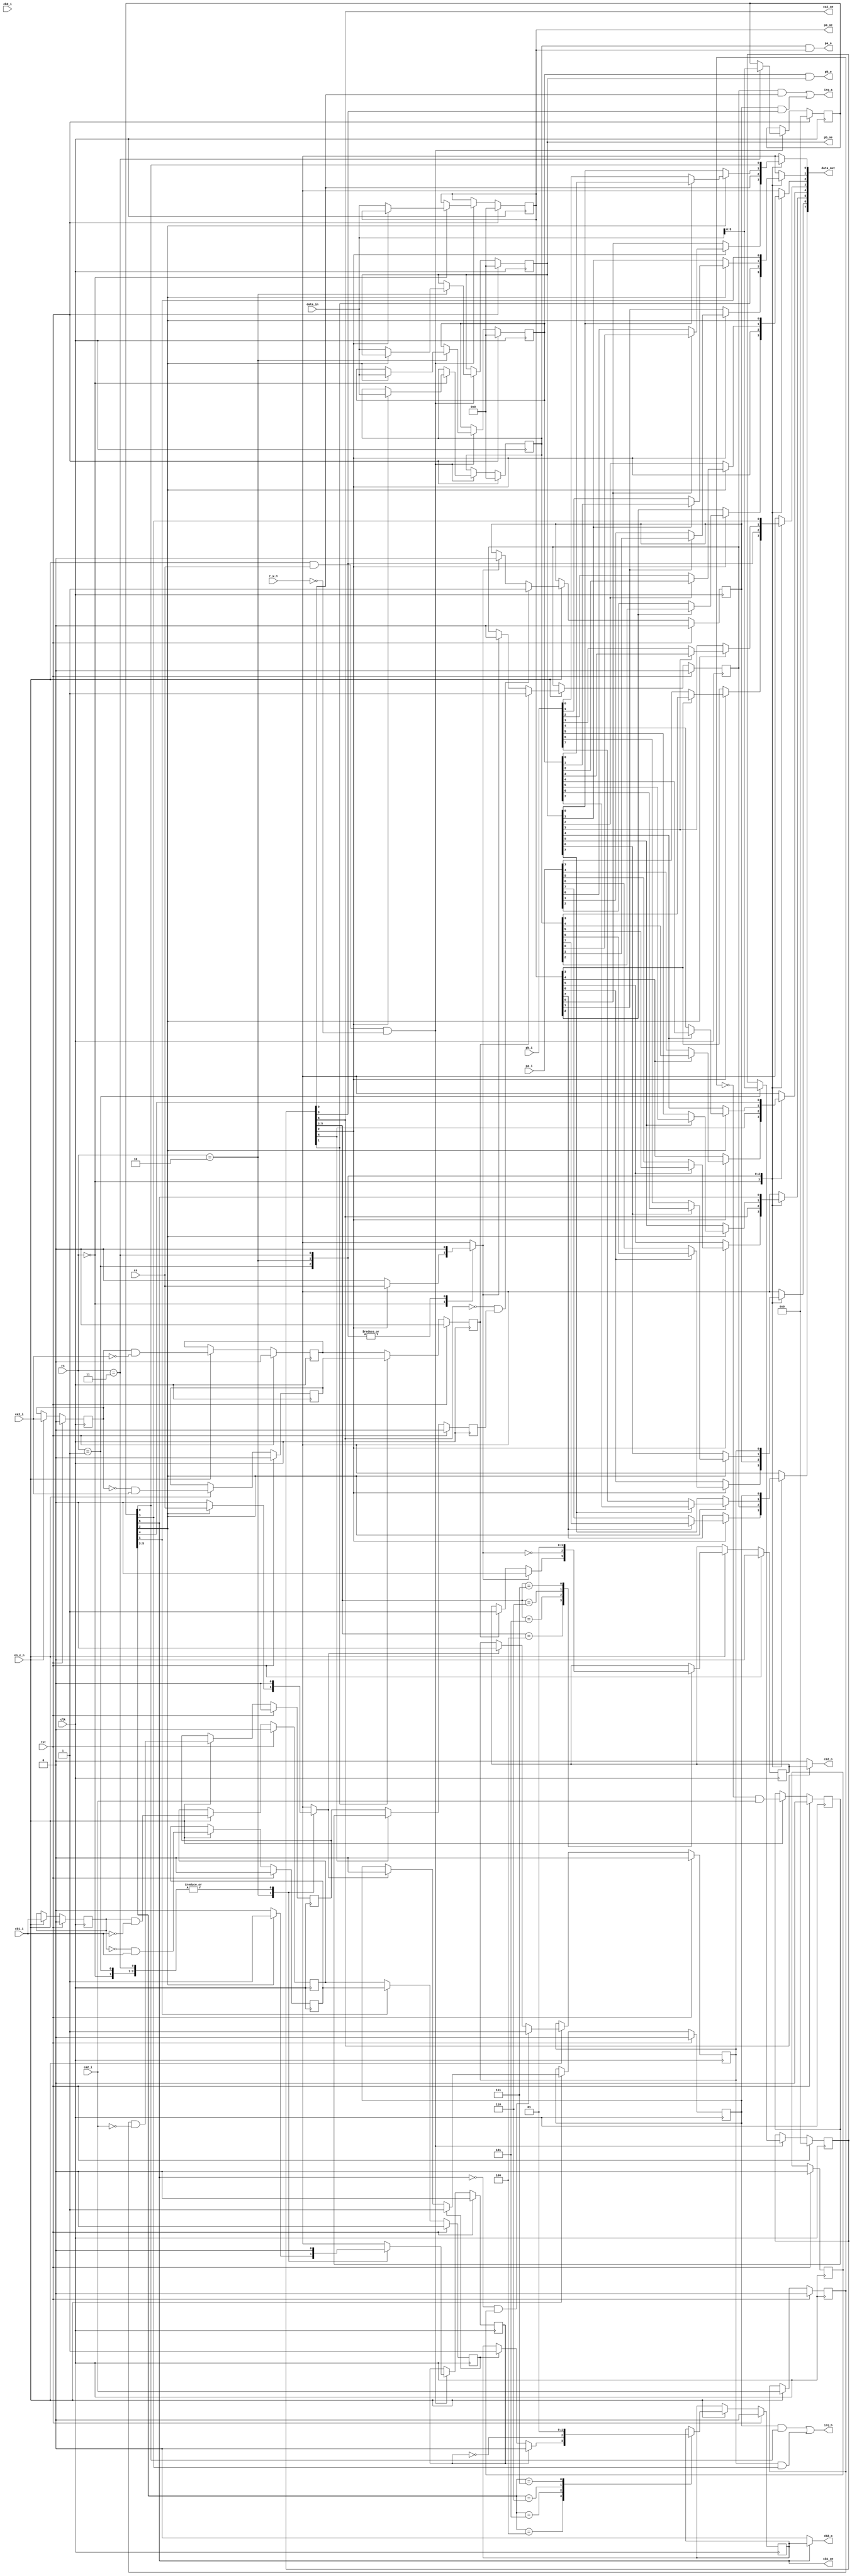
/* Copyright 2019 Jared Boone <jared@sharebrained.com>. Open-source license to be determined.
 */

`default_nettype none
`timescale 1ns / 100ps

module pia_6821(
	// Host interface
	input  wire       rst,
	input  wire       clk,
	input  wire       en_e_n,
	input  wire [1:0] rs,
	input  wire       r_w_n,
	input  wire       cs,
	input  wire [7:0] data_in,
	output reg  [7:0] data_out,
	output wire       irq_a,
	output wire       irq_b,

	// Peripheral port A
	input  wire [7:0] pa_i,
	output wire [7:0] pa_o,
	output wire [7:0] pa_oe,
	input  wire       ca1_i,
	input  wire       ca2_i,
	output wire       ca2_o,
	output wire       ca2_oe,

	// Peripheral port B
	input  wire [7:0] pb_i,
	output wire [7:0] pb_o,
	output wire [7:0] pb_oe,
	input  wire       cb1_i,
	input  wire       cb2_i,
	output wire       cb2_o,
	output wire       cb2_oe
);

reg [7:0] porta_ddr;
reg [7:0] porta_data;
reg [5:0] porta_ctrl;
reg porta_read;

reg [7:0] portb_ddr;
reg [7:0] portb_data;
reg [5:0] portb_ctrl;
reg portb_read;
reg portb_write;

reg ca1_del;
reg ca1_rise;
reg ca1_fall;
reg ca1_edge;
reg irqa1;

reg ca2_del;
reg ca2_rise;
reg ca2_fall;
reg ca2_edge;
reg irqa2;

reg cb1_del;
reg cb1_rise;
reg cb1_fall;
reg cb1_edge;
reg irqb1;

reg cb2_del;
reg cb2_rise;
reg cb2_fall;
reg cb2_edge;
reg irqb2;

// Read I/O ports

integer count;

always @* begin
	case(rs)
	2'b00: begin
		for(count=0; count<8; count=count+1) begin
			data_out[count] = porta_ctrl[2] ? (porta_ddr[count] ? porta_data[count] : pa_i[count]) : porta_ddr[count];
		end
		porta_read = porta_ctrl[2] ? cs : 1'b0;
		portb_read = 1'b0;
	end

	2'b01: begin
		data_out = { irqa1, irqa2, porta_ctrl };
		porta_read = 1'b0;
		portb_read = 1'b0;
	end

	2'b10: begin
		for(count=0; count<8; count=count+1) begin
			data_out[count] = portb_ctrl[2] ? (portb_ddr[count] ? portb_data[count] : pb_i[count]) : portb_ddr[count];
		end
		portb_read = portb_ctrl[2] ? cs : 1'b0;
		porta_read = 1'b0;
	end

	2'b11: begin
		data_out = { irqb1, irqb2, portb_ctrl };
		portb_read = 1'b0;
		porta_read = 1'b0;
	end
	endcase
end

// Write I/O ports

always @(posedge clk) begin
	if(rst) begin
		porta_ddr  <= 8'b0000_0000;
		porta_data <= 8'b0000_0000;
		porta_ctrl <=   6'b00_0000;
		portb_ddr  <= 8'b0000_0000;
		portb_data <= 8'b0000_0000;
		portb_ctrl <=   6'b00_0000;
		portb_write <= 1'b0;
	end else begin
		if(en_e_n && cs && !r_w_n) begin
			case(rs)
			2'b00: begin
				if(porta_ctrl[2])
					porta_data <= data_in;
				else
					porta_ddr  <= data_in;
				portb_write <= 1'b0;
			end

			2'b01: begin
				porta_ctrl  <= data_in[5:0];
				portb_write <= 1'b0;
			end

			2'b10: begin
				if(portb_ctrl[2]) begin
					portb_data  <= data_in;
					portb_write <= 1'b1;
				end else begin
					portb_ddr   <= data_in;
					portb_write <= 1'b0;
				end
			end

			2'b11: begin
				portb_ctrl  <= data_in[5:0];
				portb_write <= 1'b0;
			end

			endcase
		end
	end
end

// Direction Control Port A

assign pa_o  = porta_data & porta_ddr;
assign pa_oe = porta_ddr;

// CA1 Edge Detect

always @(posedge clk) begin
	if(rst) begin
		ca1_del  <= 1'b0;
		ca1_rise <= 1'b0;
		ca1_fall <= 1'b0;
		ca1_edge <= 1'b0;
		irqa1    <= 1'b0;
	end else begin
		if(en_e_n) begin
			ca1_del  <= ca1_i;
			ca1_rise <= !ca1_del &&  ca1_i;
			ca1_fall <=  ca1_del && !ca1_i;
			if(ca1_edge)
				irqa1 <= 1'b1;
			else if(porta_read)
				irqa1 <= 1'b0;
		end  

		ca1_edge <= porta_ctrl[1] ? ca1_rise : ca1_fall;
	end
end

// CA2 Edge Detect

always @(posedge clk) begin
	if(rst) begin
		ca2_del  <= 1'b0;
		ca2_rise <= 1'b0;
		ca2_fall <= 1'b0;
		ca2_edge <= 1'b0;
		irqa2    <= 1'b0;
	end else begin
		if(en_e_n) begin
			ca2_del  <= ca2_i;
			ca2_rise <= !ca2_del &&  ca2_i;
			ca2_fall <=  ca2_del && !ca2_i;
			if(!porta_ctrl[5] && ca2_edge)
				irqa2 <= 1'b1;
			else if(porta_read)
				irqa2 <= 1'b0;
		end

		ca2_edge <= porta_ctrl[4] ? ca2_rise : ca2_fall;
	end
end

// CA2 Output Control

reg ca2_out;
always @(posedge clk) begin
	if(rst)
		ca2_out <= 1'b0;
	else if(en_e_n) begin
		case(porta_ctrl[5:3])
		3'b100: // read PA clears, CA1 edge sets
			if(porta_read)
				ca2_out <= 1'b0;
			else if(ca1_edge)
				ca2_out <= 1'b1;
		3'b101: // read PA clears, E sets
			ca2_out <= !porta_read;
		3'b110: // set low
			ca2_out <= 1'b0;
		3'b111: // set high
			ca2_out <= 1'b1;
		default:
			ca2_out <= ca2_out;
		endcase
	end
end

// CA2 Direction Control

assign ca2_o  = porta_ctrl[5] ? ca2_out : 1'b0;
assign ca2_oe = porta_ctrl[5];

// Direction Control Port B

assign pb_o  = portb_data & portb_ddr;
assign pb_oe = portb_ddr;

// CB1 Edge Detect

always @(posedge clk) begin
	if(rst) begin
		cb1_del  <= 1'b0;
		cb1_rise <= 1'b0;
		cb1_fall <= 1'b0;
		cb1_edge <= 1'b0;
		irqb1    <= 1'b0;
	end else begin
		if(en_e_n) begin
			cb1_del  <= cb1_i;
			cb1_rise <= !cb1_del &&  cb1_i;
			cb1_fall <=  cb1_del && !cb1_i;
			if(cb1_edge)
				irqb1 <= 1'b1;
			else if(portb_read)
				irqb1 <= 1'b0;
		end

		cb1_edge <= portb_ctrl[1] ? cb1_rise : cb1_fall;
	end
end

// CB2 Edge Eetect

always @(posedge clk) begin
	if(rst) begin
		cb2_del  <= 1'b0;
		cb2_rise <= 1'b0;
		cb2_fall <= 1'b0;
		cb2_edge <= 1'b0;
		irqb2    <= 1'b0;
	end else if(en_e_n) begin
		cb2_del  <= cb2_i;
		cb2_rise <= !cb2_del &&  cb2_i;
		cb2_fall <=  cb2_del && !cb2_i;
		if(!portb_ctrl[5] && cb2_edge)
			irqb2 <= 1'b1;
		else if(portb_read)
			irqb2 <= 1'b0;
	end
end

// CB2 Output Control

reg cb2_out;
always @(posedge clk) begin
	if(rst)
		cb2_out <= 1'b0;
	else if(en_e_n) begin
		case(portb_ctrl[5:3])
		3'b100: // write PB clears, CA1 edge sets
			if(portb_write)
				cb2_out <= 1'b0;
			else if(cb1_edge)
				cb2_out <= 1'b1;
		3'b101: // write PB clears, E sets
			cb2_out <= !portb_write;
		3'b110: // set low
			cb2_out <= 1'b0;
		3'b111: // set high
			cb2_out <= 1'b1;
		default:
			cb2_out <= cb2_out;
		endcase
	end
end

// CB2 Direction Control

assign cb2_o  = portb_ctrl[5] ? cb2_out : 1'b0;
assign cb2_oe = portb_ctrl[5];

// IRQ Control

assign irq_a = (irqa1 && porta_ctrl[0]) || (irqa2 && porta_ctrl[3]);
assign irq_b = (irqb1 && portb_ctrl[0]) || (irqb2 && portb_ctrl[3]);

endmodule